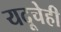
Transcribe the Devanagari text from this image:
यदूचेही